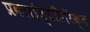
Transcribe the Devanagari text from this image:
प्रकारांव्यतिरिक्त